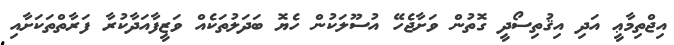
އިޖްތިމާޢީ އަދި އިޤުތިސޯދީ ގޮތުން ވަށާޖެހޭ އުސޫލަކުން ހެޔޮ ބަދަލުތަކެއް ވަޒީފާއަދާކުރާ ފަރާތްތަކަށާއި